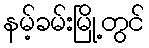
နမ့်ခမ်းမြို့တွင်